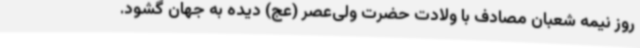
روز نیمه شعبان مصادف با ولادت حضرت ولی‌عصر (عج) دیده به جهان گشود.